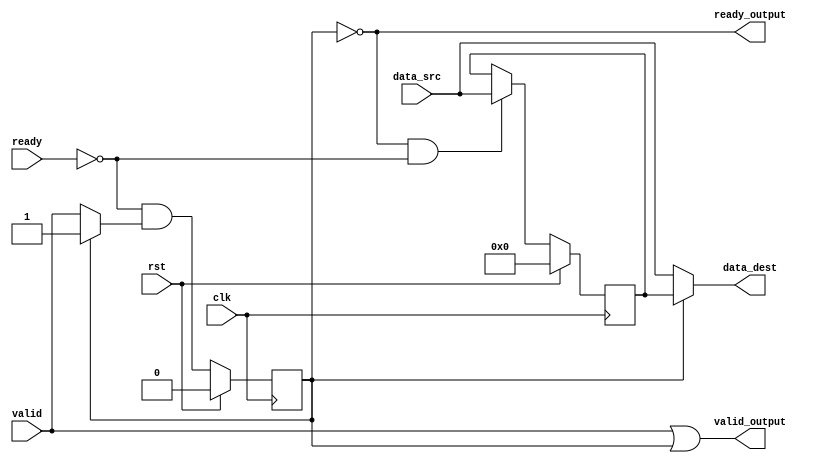
module HD_RECEIVER #(parameter DATA_WIDTH = 32) (
    input                       clk         ,
    input                       rst         ,
    input      [DATA_WIDTH-1:0] data_src    ,
    input                       ready       ,
    input                       valid       ,
    output reg                  valid_output,
    output reg                  ready_output,
    output reg [DATA_WIDTH-1:0] data_dest
);
    reg [DATA_WIDTH-1:0] pipe_backup      ;
    reg                  pipe_backup_valid;
    always @(posedge clk) begin
        if(rst)begin
            pipe_backup <= 0;
        end
        else begin
            pipe_backup <= (ready_output && ~ready) ? data_src : pipe_backup;
        end
    end
    always @(posedge clk) begin
        if(rst)begin
            pipe_backup_valid <= 0;
        end
        else begin
            pipe_backup_valid <= ~ready && (ready_output ? valid : pipe_backup_valid);
        end
    end
    always @(*) begin
        data_dest = (pipe_backup_valid ? pipe_backup : data_src) ;
    end
    always @(*) begin
        valid_output = valid || pipe_backup_valid;
    end
    always @(*) begin
        ready_output = ~pipe_backup_valid;
    end
endmodule